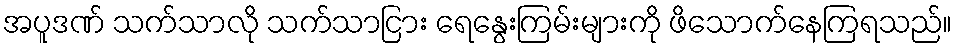
အပူဒဏ် သက်သာလို သက်သာငြား ရေနွေးကြမ်းများကို ဖိသောက်နေကြရသည်။